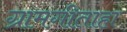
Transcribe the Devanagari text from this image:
ग्रामगीताहा